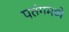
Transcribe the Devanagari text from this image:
पतंगमध्ये